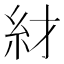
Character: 䊷